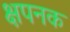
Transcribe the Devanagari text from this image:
क्षपनक